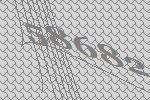
58682